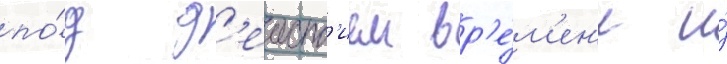
по́д д'еиств'ием вр'е́м'ен'и и́